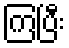
ကြပြီး